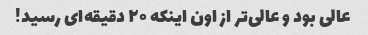
عالی بود و عالی‌تر از اون اینکه ۲۰ دقیقه‌ای رسید!